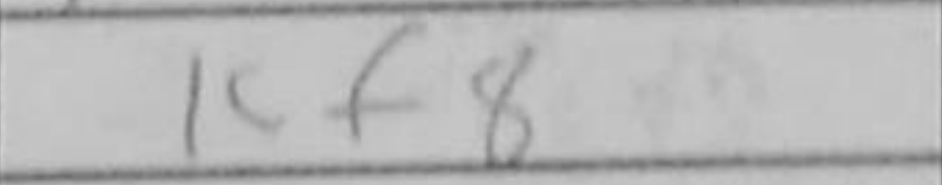
Transcription: Kf8